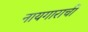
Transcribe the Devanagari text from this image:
नायगाराची